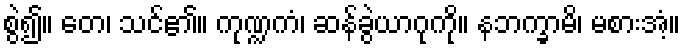
စွဲ၍။ တေ၊ သင်၏။ ကုဏ္ဍကံ၊ ဆန်ခွဲယာဂုကို။ နဘက္ခာမိ၊ မစားအံ့။